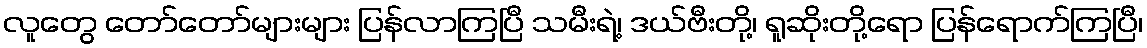
လူတွေ တော်တော်များများ ပြန်လာကြပြီ သမီးရဲ့၊ ဒယ်ဗီးတို့၊ ရူဆိုးတို့ရော ပြန်ရောက်ကြပြီ၊